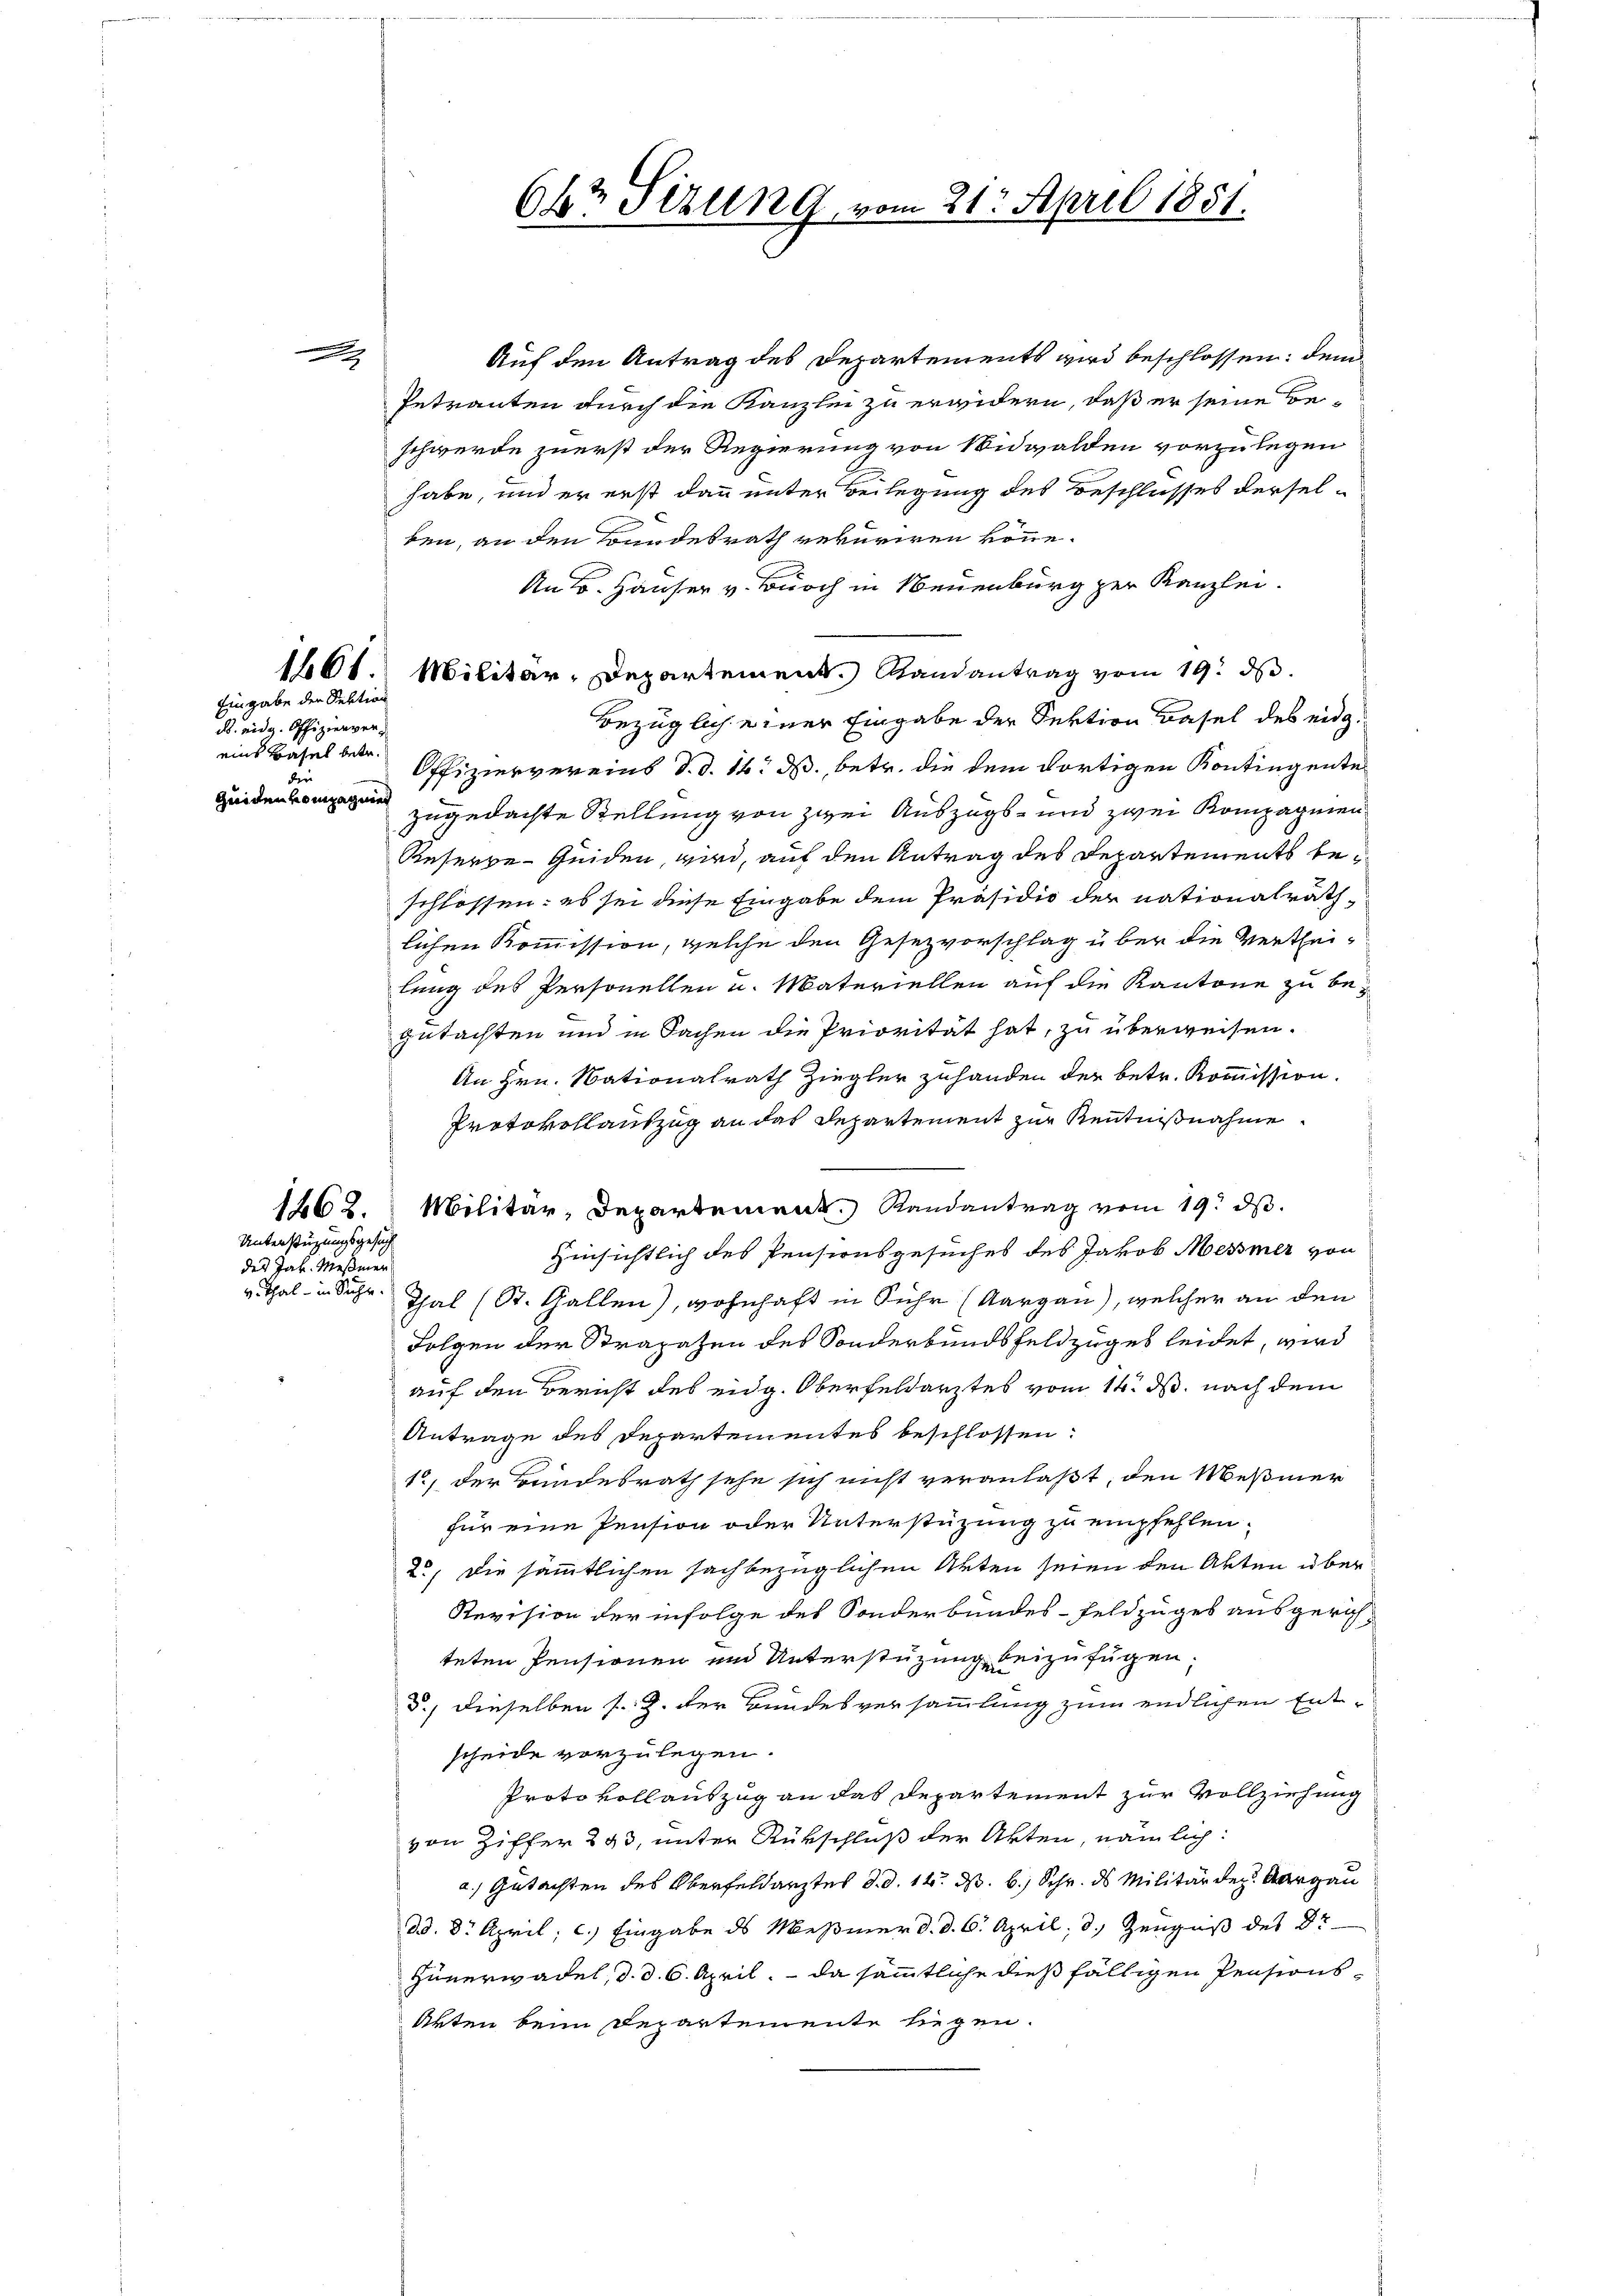
1462.
Unterstützungsgesuch
des Jak. Meßmer
v. Thal - in Sache.

Eingabe der Sektion

d. eidg. Offizienver
eins Basel betr.
dir
guiden kompagnier

Auf den Antrag des Departements wird beschlossen: dem
Petranten durch die Kanzlei zu erwidern, daß er seine Beschwerde zuerst der Regierung von Nidwalden vorzulegen
habe, und er erst dann unter Beilegung des Beschlusses derselben, an den Bundesrath rekuriren könne.
Ant. Häuser v. Burch in Neuenburg zur Kanzlei.
1661. Militär-Departement. Randantrag vom 19. ds.
Bezüglich einer Eingabe der Sektion Basel des eidg.
Offiziervereins d. d. 16. ds., betr. die dem dortigen Kontingente
zugedachte Stellung von zwei Auszugs- und zwei Kompagnien
Reserbe-Geiden, wird, auf den Antrag des Departements beschlossen: es sei diese Eingabe dem Präsidio der nationalräthlichen Kommission, welche den Gesezvorschlag über die Vertheilung des Personellen u. Materiellen auf die Kantone zu begutachten und in Sachen die Priorität hat, zu überweisen.
An Hrn. Nationalrath Ziegler zuhanden der betr. Kommission.
Protokollauszug an das Departement zur Kenntnißnahme
Militär, Departement. Randantrag vom 19. ds.
Hinsichtlich des Pensionsgesuches des Jakob Messmer von
Thal (St. Gallen), wohnhaft in Fuhr (Aargau), welcher an den
Folgen der Strapazen des Sonderbundsfeldzuges leidet, wird
auf den Bericht des eidg. Oberfeldarztes vom 14. ds. nach dem
Antrage des Departementes beschlossen:
1) der Bundesrath sehe sich nicht veranlaßt, den Meßmer
für eine Pension oder Unterstüzung zu empfehlen,
2., die sämmtlichen sachbezüglichen Akten seien den Akten über
Revision der infolge des Sonderbundes-Feldzuges ausgerich-
teten Pensionen und Unterstüzung beizufügen
d., dieselben s. Z. der Bundesversammlung zum endlichen Ent-
scheide vorzulegen.
Proto vollauszug an das Departement zur Vollziehung
von Ziffer 293, unter Rückschluß der Akten, nämlich:
a.) Gutachten des Oberfeldarztes d. d. 14. d. 6. Schr. ds Militär der Aargau
dd. 8. April; c.) Eingabe ds Meßmer d. d. 6. April, d. Zeugniß des St
Hünerwadel, d. d. 6. April, da sämmtliche dießfälligen Pensions¬
Akten beim Departemente liegen.

6kr Sizung, vom 21. April 1851.